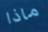
ماذا